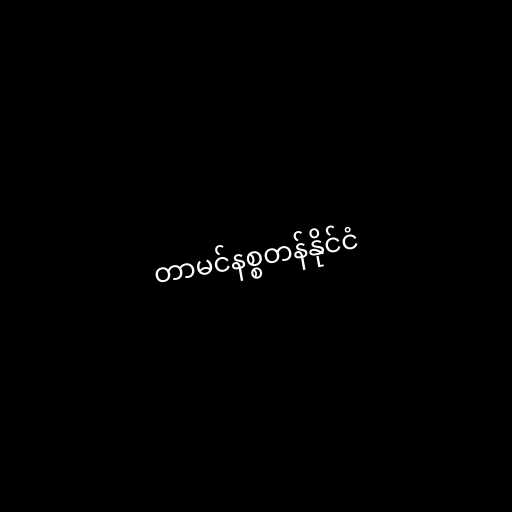
တာမင်နစ္စတန်နိုင်ငံ